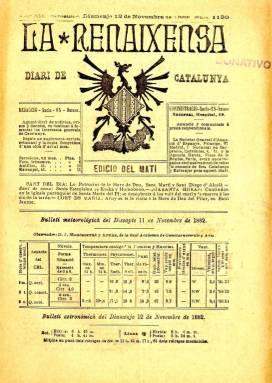
Título: La Renaixensa (Barcelona. 1881)
Colección: Periódicos || Nacionalismo
Ámbito geográfico: Barcelona
Lugar de publicación: Barcelona
Fechas: 12/11/1882-31/12/1897

Con el subtítulo “diari de Catalunya” aparece el uno de enero de 1881, siguiendo la secuencia (año y número) de la revista La Renaxensa, que había empezado a publicarse el uno de febrero de 1871 y, en 1876, modificado su título por La Renaixensa. La cabecera adopta el nombre del movimiento –Renaixença- que, a partir de los años treinta del siglo diecinueve, comenzará a dar cuerpo doctrinal al renacimiento basado en la recuperación de la lengua, la cultura y la historia nacionales catalanas. Ligada a este movimiento, la publicación fue fundada, impulsada y dirigida por destacados miembros de la sociedad La Jove Catalunya (1870): Àngel Guimerà i Jorge (1845-1924), Pere Aldavert i Martorell (1850-1932) y Francesc Matheu i Fornells (1851-1938). Se trata de una publicación íntegramente redactada en lengua vernácula, forjadora del renacimiento cultural catalán en el último tercio del siglo diecinueve, desde una posición pretendidamente apolítica, pero que tuvo un carácter ideológico conservador moderado (Gómez Aparicio: 1971).

Nacida la revista como “periódich de literatura, ciencias y arts”, será un importante exponente del renacimiento literario e histórico catalán en todos sus géneros: la novela, el teatro, la poesía, el cuento, la narración histórica y la crítica, y el de las bellas artes (arquitectura, escultura, pintura y música). Al tiempo que estimulará el idioma vernáculo (participando en las cuestiones gramaticales de la lengua), hará lo mismo con las tradiciones (religiosas, económicas o sociales) catalanas, y aunque pretendió quedar al margen del partidismo político, sus principales impulsores, le darán una orientación conservadora favorable a la unidad de España, pero a la vez descentralizadora y foralista. Como revista, había empezado siendo quincenal (saliendo los días 1 y 15 de cada mes) hasta que se hizo semanal. A pesar de sus expresas declaraciones de apoliticismo, ya desde 1873 empezará a insertar artículos de este carácter, y en octubre de 1878 sufrirá su primera suspensión, apareciendo en su lugar un único volumen, de más de trescientas páginas, con el título Revista catalana de literatura, ciencias y artes, así como, en 1879, cinco números del título Lo Reixament. Cuando, en 1881, aparezca el diario, con el mismo título continuará publicándose también la revista cada mes hasta 1882, y como suplemento literario semanal del diario hasta 1903.

Tras la celebración, en octubre de 1880, del Primer Congreso Catalanista, impulsado, entre otros, por el también catalanista pero de afiliación republicana federal y fundador y director desde el año anterior de Diari català Valentí Almirall i Lozzer (1841-1904), será cuando los promotores de La Renaixensa, enfrentados ideológicamente a Almirall, decidan hacer también diaria su cabecera, llegando a sacar ediciones de mañana y tarde hasta 1892, al tiempo que aumentan sus dificultades para mantener su neutralidad política. Tras la celebración del segundo congreso, en junio de 1883, el diario se adherirá al Centre Català, con el que romperá, también por su politización, en 1887, convirtiéndose a partir de entonces en órgano de LLiga de Catalunya, creada ese año. Los promotores del diario también intervendrán en la Asamblea de Manresa, celebrada en 1892, y desde este año será órgano oficioso de Unió Catalanista (1891). Aunque sus tiradas fueron siempre modestas, en las páginas de La Renaixensa colaborará lo más brillante de la intelectualidad catalana, llegando a abrirse a un nuevo catalanismo que contará con las firmas de, entre otros, Enric Prat de la Riba (1870-1917), Josep Puig i Cadafalch (1867-1956) o LLuís Duran i Ventosa (1870-1954), que empezarán a colaborar en sus páginas a partir de 1895.

Compuesto a una columna, sus entregas –en octavo- son de paginación variada y continuada, entre ocho y 32. Tras una orden de suspensión, entre el 25 de marzo al 17 de abril de 1897 aparecerá como suplemento del también diario catalanista Lo somatent (Reus: 1886-1903), pero al ser suspendido también este la redacción de La Renaixensa se traslada a Reus hasta el 27 de octubre de ese año, estampándose el diario en la Imprenta Ramon Germans, de esta localidad. Es aquí cuando la publicación reinicia su secuencia (año, número y paginación), publicando hasta 193 entregas, y comenzará a estampar bajo su cabecera Nostre programe, que recoge unos párrafos del manifiesto de Unió Catalanista del 16 de marzo, en el que se exponen algunos principios del autogobierno catalán, como es la oficialidad de la lengua catalana, el mantenimiento del derecho civil catalán, unas cortes, organización territorial y fiscalidad propias catalanas, o la asunción por parte de catalanes de la magistratura y demás cargos públicos. El 28 de octubre volverá a editarse e imprimirse en Barcelona, continuando la secuencia que había quedado interrumpida el 13 de marzo de 1897.

Tanto Aldavert como Guimerà se turnaron en la dirección del periódico hasta 1902, cuya cabecera había sido diseñada por el arquitecto catalán Lluís Domènech i Montaner (1850-1923), en donde destaca un grabado con un ave fénix con el escudo de Cataluña. Comienza cada número con las secciones dedicadas al santoral, las observaciones meteorológicas y la de Espectacles públichs, y le siguen otras, como Crònica general, Secció política, la doctrinal, Correspondència general, y la particular, crónicas y noticias bajo los epígrafes Barcelona, Catalunya o Regions espanyolas, y las de Comers, Telegramas y Darreras noticias, entre otras. La Renaixensa tuvo imprenta y editorial propia, a través de las cuales difundió la literatura catalana escrita en lengua vernácula. El último número de este diario se publicó el 9 de mayo de 1905. En 1995 se publica un facsímil, que comprende desde el uno de febrero de 1871 hasta el 31 de mayo de 1875; y entre las principales referencias bibliográficas sobre el mismo caben citar los trabajos de Torrent y Tasis (1966), Lluís Solà i Dachs (1978), Josep M. Figueres (1981), Josep M. Huertas (1995) y Carola Duran i Tort (1998, 2001 y 2006).